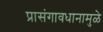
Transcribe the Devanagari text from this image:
प्रासंगावधानामुळे